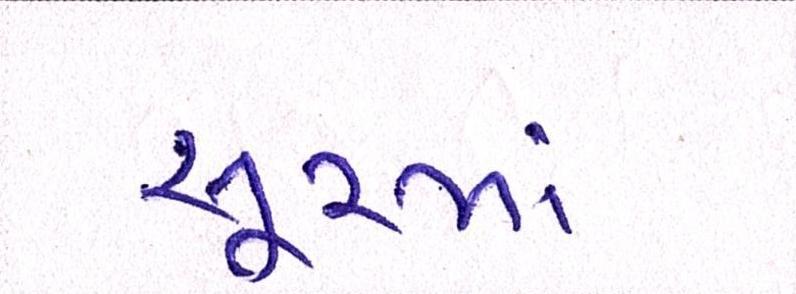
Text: સૂરમાં